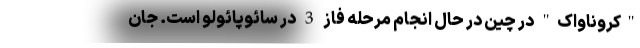
"کروناواک" در چین در حال انجام مرحله فاز 3 در سائوپائولو است. جان